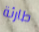
طارئة